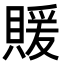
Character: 𬥢